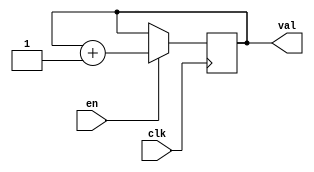
`timescale 1ns / 1ps
//////////////////////////////////////////////////////////////////////////////////
// Company: 
// Engineer: 
// 
// Design Name: 
// Module Name:    fr_ctr 
// Project Name: 
// Target Devices: 
// Tool versions: 
// Description: 
//
// Dependencies: 
//
// Revision: 
// Revision 0.01 - File Created
// Additional Comments: 
//
//////////////////////////////////////////////////////////////////////////////////
module fr_ctr( input en, clk,
output reg [31:0] val=0
    );

always @(posedge clk)
begin
	if (en)
		val<=val+1;
end	
endmodule